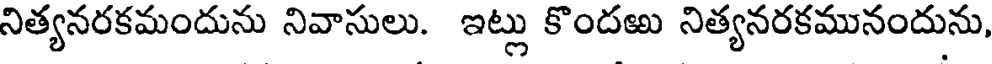
నిత్యనరకమందును నివాసులు. ఇట్లు కొందఱు నిత్యనరకమునందును,